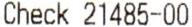
CHECK 21485-00